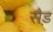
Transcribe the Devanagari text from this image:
सैड़